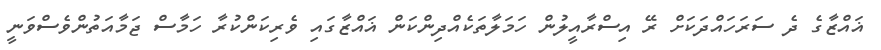
ޣައްޒާގެ ދެ ސަރަހައްދަކަށް ރޭ އިސްރާއީލުން ހަމަލާތަކެއްދިންކަން ޣައްޒާގައި ވެރިކަންކުރާ ހަމާސް ޖަމާއަތުންވެސްވަނީ